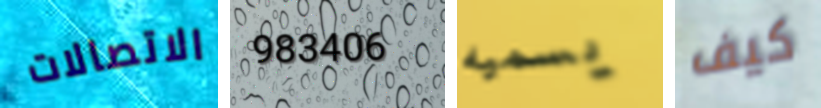
الاتصالات 983406 يسميه كيف